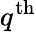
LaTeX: q^{\mathrm{th}}